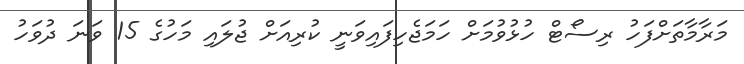
މަރާމާތަށްފަހު ރިސޯޓް ހުޅުވުމަށް ހަމަޖެހިފައިވަނީ ކުރިއަށް ޖުލައި މަހުގެ 15 ވަނަ ދުވަހު